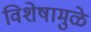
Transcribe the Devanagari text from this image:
विशेषामुळे